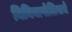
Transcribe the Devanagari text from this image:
मिनियापोलिसचे